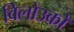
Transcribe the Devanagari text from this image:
विलोउकों